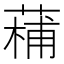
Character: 𮐡